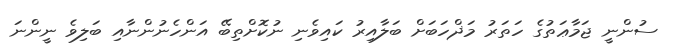
ސުންނީ ޖަމާޢަތުގެ ހަތަރު މަޛްހަބަށް ބަލާއިރު ކައިވެނި ނުކޮށްތިބޭ އަންހެނުންނާއި ބަލިވެ ނީންނަ